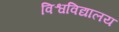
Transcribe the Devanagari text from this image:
विश्वविद्यालय